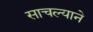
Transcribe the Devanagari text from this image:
साचल्याने